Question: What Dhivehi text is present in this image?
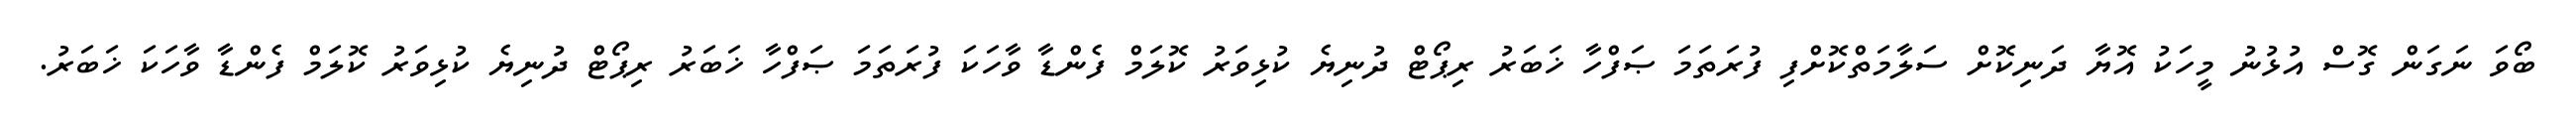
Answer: ބޯވަ ނަގަން ގޮސް އުޅުނު މީހަކު އޮޔާ ދަނިކޮށް ސަލާމަތްކޮށްފި ފުރަތަމަ ޞަފްހާ ޚަބަރު ރިޕޯޓް ދުނިޔެ ކުޅިވަރު ކޮލަމް ފެންޑާ ވާހަކަ ފުރަތަމަ ޞަފްހާ ޚަބަރު ރިޕޯޓް ދުނިޔެ ކުޅިވަރު ކޮލަމް ފެންޑާ ވާހަކަ ޚަބަރު.